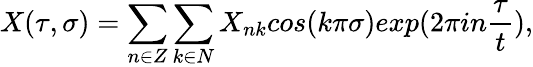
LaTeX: X(\tau,\sigma)=\sum_{n\in Z}\sum_{k\in N}X_{nk}cos(k\pi\sigma)exp(2\pi in\frac{\tau}{t}),